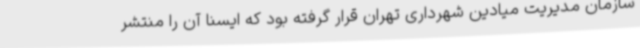
سازمان مدیریت میادین شهرداری تهران قرار گرفته بود که ایسنا آن را منتشر